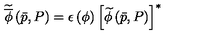
\widetilde { \overline { { \phi } } } \left( \bar { p } , P \right) = \epsilon \left( \phi \right) \left[ \widetilde { \phi } \left( \bar { p } , P \right) \right] ^ { * }